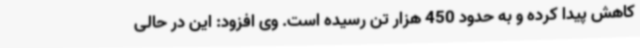
کاهش پیدا کرده و به حدود 450 هزار تن رسیده است. وی افزود: این در حالی